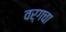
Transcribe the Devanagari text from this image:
वर्गचा